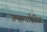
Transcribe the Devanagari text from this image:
तथापेरिस